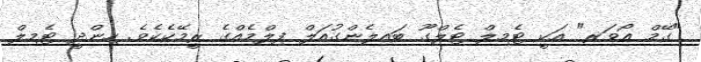
"ގޭމް އޯވަރ" އަކީ ޓެމިލް ޓެލްގޫ ބައިލެންގުއަލް ފިލްމެއްގެ ރީމޭކެކެވެ. ހިންދީ ޓެމިލް